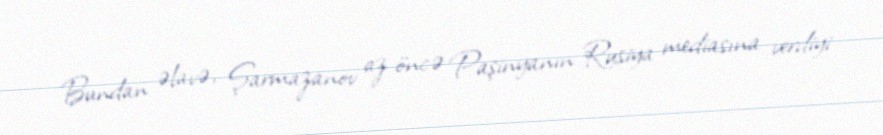
Bundan əlavə, Şarmazanov az öncə Paşinyanın Rusiya mediasına verdiyi